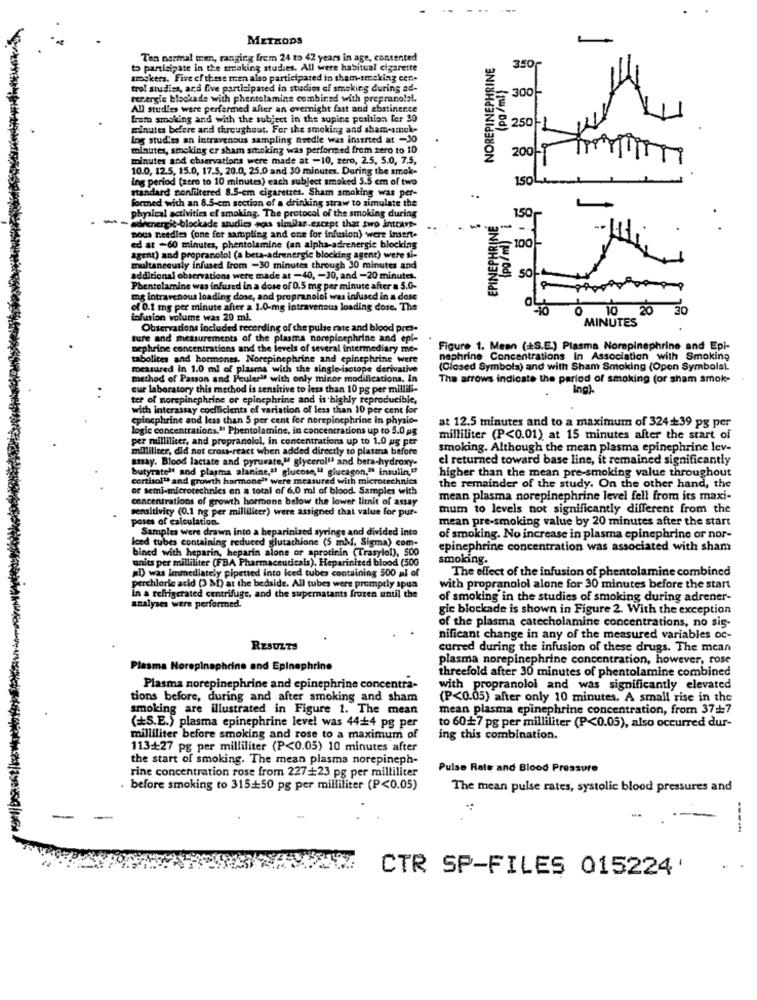
METKODS
Tan normal men, ranging frem 24 to 42 years in age, contented
NOREPINEPHRINE
to participate in the smoking studies. All were habitual cigarette
350
amogkers. Five of these men also participared in sham-smoking eer ..
(pg /ml)
trol studisa, ara five participated in studies of smoking during ad-
300
rer.ergle blockade with phentelaming combined with propranolol.
All studies were performed after an overnight fast and abstinence
from smoking and with the subject in the supine position for 30
minutes before and throughout. For the smoking and sham-smok-
& 250
lng studies an intravenous sampling needle was inserted at -30
minutes, smoking er sham smoking was performed from zero to 10
200
minutes and observations were made at -10, zero, 2.5, 5.0, 7.5,
10.0, 12.5, 15.0, 17.5, 20.0, 25.0 and 30 minutes. During the smok-
Ing period (zero to 10 minutes) each subject smoked 5.5 em of two
150
standard confiltered 8.5-em cigarettes. Sham smoking was per-
formed with an 8.5-cm section of a drinking straw to simulate the
physical activities of smoking. The protocol of the smoking during
EPINEPHRINE
150
adimnergic-blockade studies was similar.except that two inttave-
sous needles (one for sampling and one for infusion) were insert-
100
ed at -60 minutes, phentolamine (an alpha-adrenergie blocking
agent) and propranolol (a beta-adrenergie blocking agent) were si-
multaneously infused from -30 minutes through 30 minutes and
additional observations were made at -40, - 30, and -20 minutes.
50
Phentolamine was infused in a dose of 0.5 mg per minute after a 5.0-
mg intravenous loading dose, and propranolol was infused in a dose
of 0.1 mg per minute after a 1.0-mg intravenous loading dose. The
0
10
30
infusion volume was 20 mi.
MINUTES
Observations included recording of the pulse rate and blood pres-
ture and measurements of the plasma norepinephrine and epi-
Dephrine concentrations and the levels of several intermediary me-
Figure 1. Mean (+S.E.) Plasma Norepinephrine and Epi-
tabolites and hormones. Norepinephrine and epinephrine were
nephrine Concentrations in Association with Smoking
rocasured In 1.0 ml of plasma with the single-isotope derivative
(Closed Symbols) and with Sham Smoking (Open Symbols).
method of Passon and Peuler" with only minor modifications. In
The arrows indicate the period of smoking (or sham smoke-
cur laboratory this method is sensitive to less than 10 pg per millili-
Ing)-
ter of morepinephrine or epinephrine and is highly reproducible,
with interassay coefficients of variation of less than 10 per cent for
epinephrine and less than 5 per cent for norepinephrine in physio-
at 12.5 minutes and to a maximum of 324+39 pg per
logic concentrations." Phentolamine, in concentrations up to 5.0 ag
per milliliter, and propranolol, in concentrations up to 1.0 ug per
milliliter (P<0.01) at 15 minutes after the start of
milliliter, did not cross-react when added directly to plasma before
smoking. Although the mean plasma epinephrine lev-
stay. Blood lactate and pyruvate," glycerol" and beta-hydroxy-
el returned toward base line, it remained significantly
butyratel' and plasma alanine,"! glucose," glucagon," insulin ,??
higher than the mean pre-smoking value throughout
cortisol" and growth hormone"" were measured with microtechnics
or semi-microtechnics on a total of 6.0 ml of blood. Samples with
the remainder of the study. On the other hand, the
concentrations of growth hormone below the lower litnit of assay
mean plasma norepinephrine level fell from its maxi-
sensitivity (0.1 ng per milliliter) were assigned that value for pur-
mum to levels not significantly different from the
poses of calculation.
mean pre-smoking value by 20 minutes after the start
Samples were drawn into a heparinized syringe and divided into
leed tubes containing reduced glutathione (5 mM, Sigma) com-
of smoking. No increase in plasma epinephrine or nor-
bined with heparin, heparin alone or aprotinin (Trasylol), 500
epinephrine concentration was associated with sham
units per milliliter (FBA Pharmaceuticals). Heparinired blood (500
smoking.
al) was immediately pipetted into iced tubes containing 500 al of
The effect of the infusion of phentolamine combined
perchloric acid (3 M) at the bedside. All tubes were promptly spua
In a refrigerated centrifuge, and the supernatants frozen until the
with propranolol alone for 30 minutes before the start
of smoking in the studies of smoking during adrener-
analyses were performed.
gic blockade is shown in Figure 2. With the exception
of the plasma catecholamine concentrations, no sis-
nificant change in any of the measured variables oc-
RESULTS
curred during the infusion of these drugs. The mean
plasma norepinephrine concentration, however, rose
Plasma Horep
dine and Epinephrine
threefold after 30 minutes of phentolamine combined
Plasma norepinephrine and epinephrine concentra-
with propranolol and was significantly elevated
tions before, during and after smoking and sham
(P<0.05) after only 10 minutes. A small rise in the
smoking are illustrated in Figure 1. The mean
mean plasma epinephrine concentration, from 3717
(=S.E.) plasma epinephrine level was 44+4 pg per
to 60+7 pg per milliliter (P<0.05), also occurred dur-
milliliter before smoking and rose to a maximum of
ing this combination.
113+27 pg per milliliter (P<0.05) 10 minutes after
the start of smoking. The mean plasma norepineph-
rine concentration rose from 227+23 pg per milliliter
Pulse Rate and Blood Pressure
before smoking to 315+50 pg per milliliter (P<0.05)
The mean pulse rates, systolic blood pressures and
-
----
CTR SP-FILES 015224'